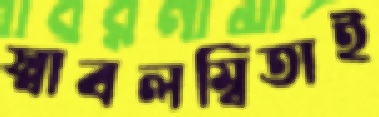
স্বাবলম্বিতাই